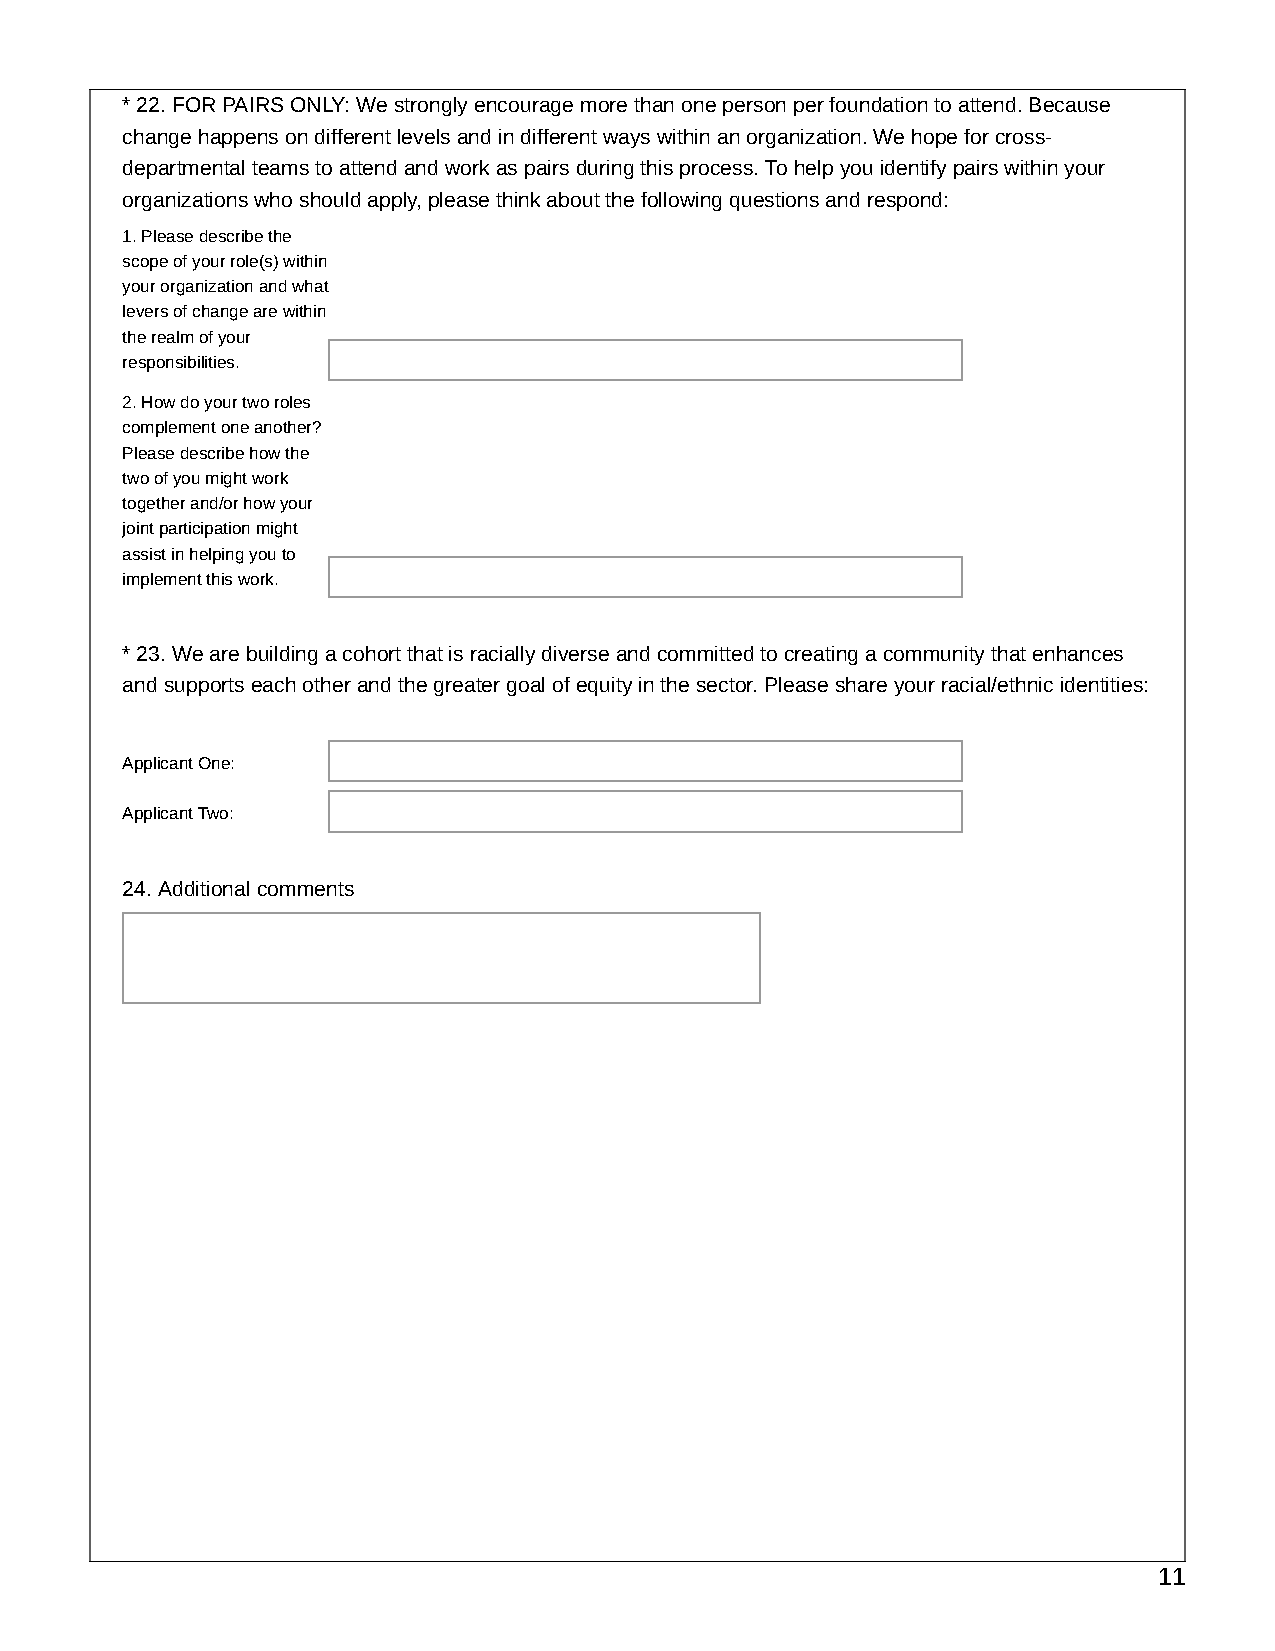
* 22. FOR PAIRS ONLY: We strongly encourage more than one person per foundation to attend. Because
 change happens on different levels and in different ways within an organization. We hope for cross-
 departmental teams to attend and work as pairs during this process. To help you identify pairs within your
 organizations who should apply, please think about the following questions and respond:
 1. Please describe the
 scope of your role(s) within
 your organization and what
 levers of change are within
 the realm of your
 responsibilities.
 2. How do your two roles
 complement one another?
 Please describe how the
 two of you might work
 together and/or how your
 joint participation might
 assist in helping you to
 implement this work.
 * 23. We are building a cohort that is racially diverse and committed to creating a community that enhances
 and supports each other and the greater goal of equity in the sector. Please share your racial/ethnic identities:
 Applicant One:
 Applicant Two:
 24. Additional comments
 11